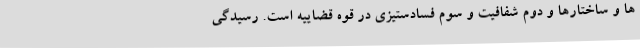
ها و ساختارها و دوم شفافیت و سوم فسادستیزی در قوه قضاییه است. رسیدگی